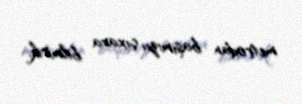
metrodan başımızıı çıxara bilmirik.